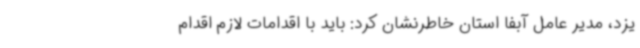
یزد، مدیر عامل آبفا استان خاطرنشان کرد: باید با اقدامات لازم اقدام